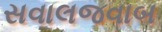
સવાલજવાબ